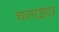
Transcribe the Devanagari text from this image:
चलाइए।